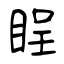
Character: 睈